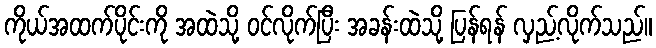
ကိုယ်အထက်ပိုင်းကို အထဲသို့ ဝင်လိုက်ပြီး အခန်းထဲသို့ ပြန်ရန် လှည့်လိုက်သည်။